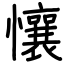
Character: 懹